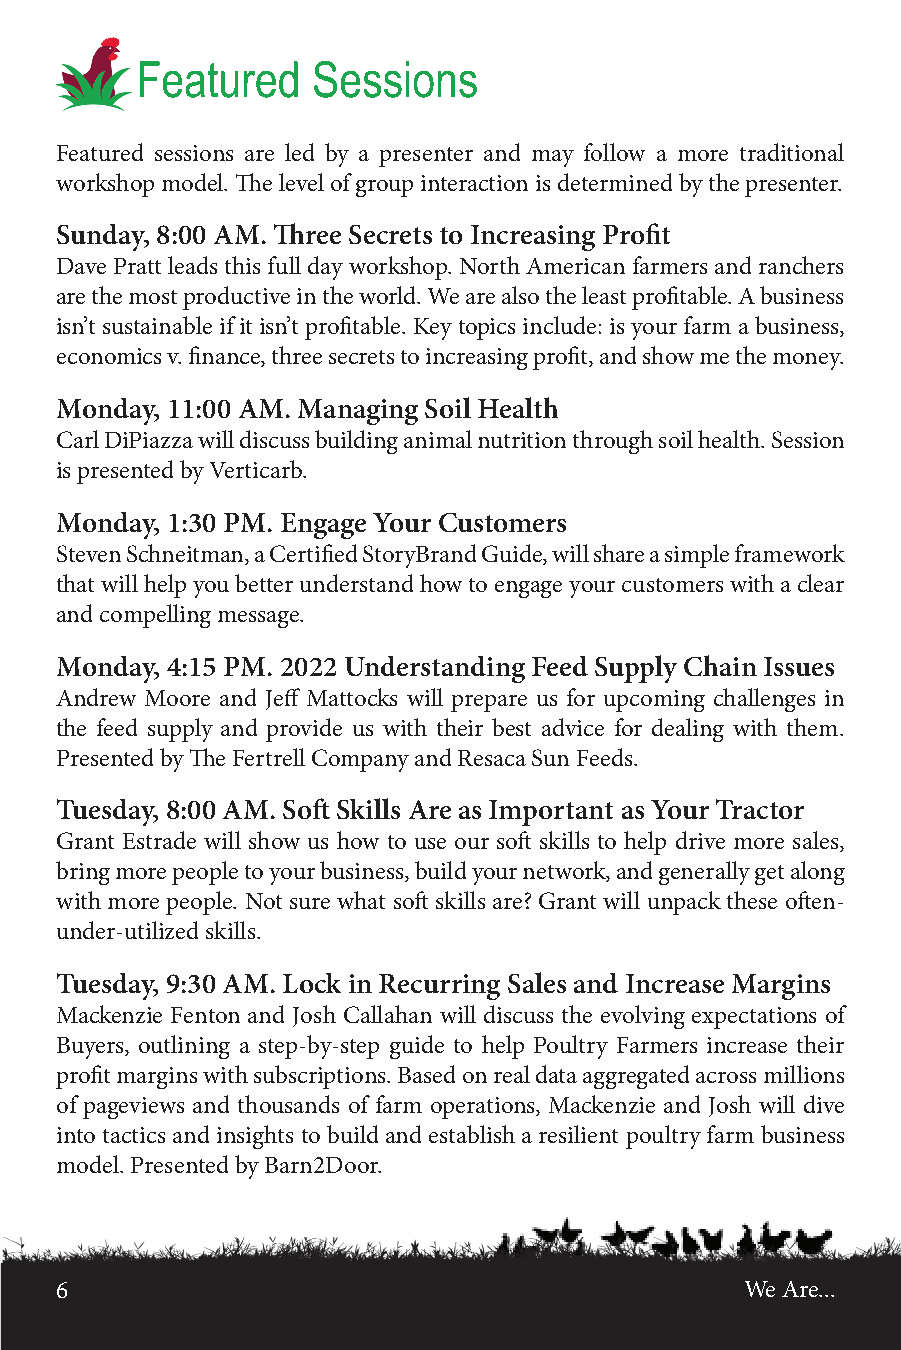
Featured    Sessions
 Featured sessions are led by a presenter and may follow a more traditional
 workshop model. The level of group interaction is determined by the presenter.
 Sunday, 8:00 AM. Three Secrets to Increasing Profit
 Dave Pratt leads this full day workshop. North American farmers and ranchers
 are the most productive in the world. We are also the least profitable. A business
 isn’t sustainable if it isn’t profitable. Key topics include: is your farm a business,
 economics v. finance, three secrets to increasing profit, and show me the money.
 Monday, 11:00 AM. Managing Soil Health
 Carl DiPiazza will discuss building animal nutrition through soil health. Session
 is presented by Verticarb.
 Monday, 1:30 PM. Engage Your Customers
 Steven Schneitman, a Certified StoryBrand Guide, will share a simple framework
 that will help you better understand how to engage your customers with a clear
 and compelling message.
 Monday, 4:15 PM. 2022 Understanding Feed Supply Chain Issues
 Andrew Moore and Jeff Mattocks will prepare us for upcoming challenges in
 the feed supply and provide us with their best advice for dealing with them.
 Presented by The Fertrell Company and Resaca Sun Feeds.
 Tuesday, 8:00 AM. Soft Skills Are as Important as Your Tractor
 Grant Estrade will show us how to use our soft skills to help drive more sales,
 bring more people to your business, build your network, and generally get along
 with more people. Not sure what soft skills are? Grant will unpack these often-
 under-utilized skills.
 Tuesday, 9:30 AM. Lock in Recurring Sales and Increase Margins
 Mackenzie Fenton and Josh Callahan will discuss the evolving expectations of
 Buyers, outlining a step-by-step guide to help Poultry Farmers increase their
 profit margins with subscriptions. Based on real data aggregated across millions
 of pageviews and thousands of farm operations, Mackenzie and Josh will dive
 into tactics and insights to build and establish a resilient poultry farm business
 model. Presented by Barn2Door.
 6                                            We Are...